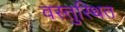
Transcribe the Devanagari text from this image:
वस्तुस्थित